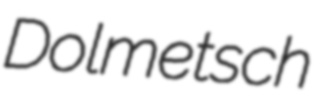
Dolmetsch